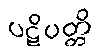
ပဋိပတ္တိ